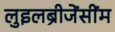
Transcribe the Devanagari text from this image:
लुइलब्रीजेंसींम